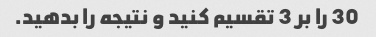
30 را بر 3 تقسیم کنید و نتیجه را بدهید.